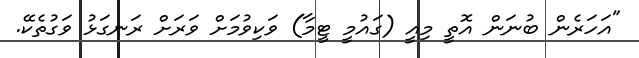
"އަހަރެން ބުނަން އޮތީ މިއީ (ގައުމީ ޓީމާ) ވަކިވުމަށް ވަރަށް ރަނގަޅު ވަގުތެކޭ.